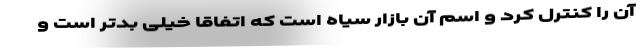
آن را کنترل کرد و اسم آن بازار سیاه است که اتفاقا خیلی بدتر است و